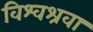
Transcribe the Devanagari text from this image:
विश्वश्रवा